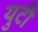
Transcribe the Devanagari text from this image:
युटी